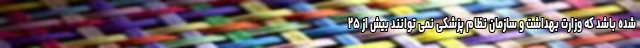
شده باشد که وزارت بهداشت و سازمان نظام پزشکی نمی توانند بیش از ۲۵